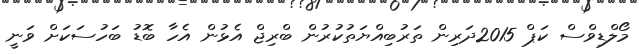
މޯލްޑިވްސް ކަޕް 2015ދަރިން ތަރުބިއްޔަތުކުރުން ބްރިޖް އެޅުން އެހާ ބޮޑު ބަހުސަކަށް ވަނީ